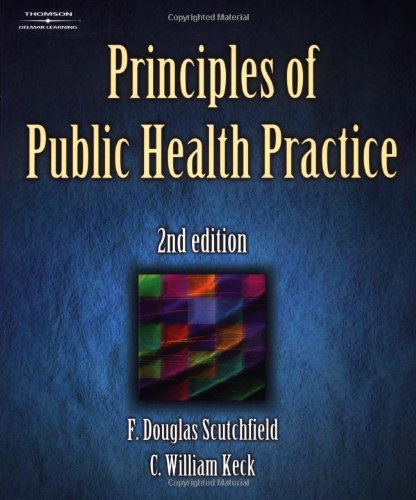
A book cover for Principles of Public Health Practice (Delmar Series in Health Services Administration); F. Douglas Scutchfield; Medical Books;